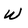
Character: w